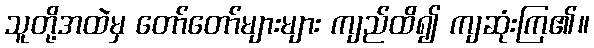
သူတို့အထဲမှ တော်တော်များများ ကျည်ထိ၍ ကျဆုံးကြ၏။